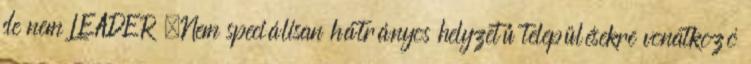
de nem LEADER ▪Nem speciálisan hátrányos helyzetű településekre vonatkozó